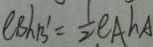
e B h B ^ { \prime } = \frac { 1 } { 2 } e A h A